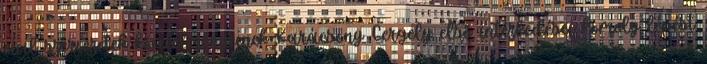
civil szervezetek követelményeinek Karácsony Gergely első intézkedései komoly lépést